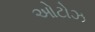
ઓટોઝ